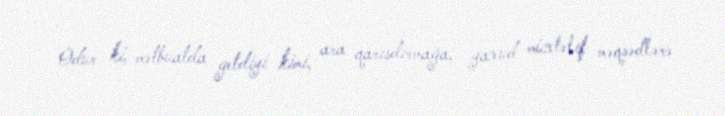
Odur ki, mətbuatda getdiyi kimi, ara qarışdırmağa, yaxud müxtəlif məqsədlərə